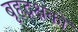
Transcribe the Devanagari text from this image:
बृहद्भक्षकों